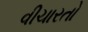
વીચારતો